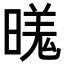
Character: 𬁍